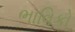
ભાવિકો